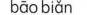
bǎo biǎn